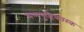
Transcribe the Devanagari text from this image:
बलपुष्टिकारक